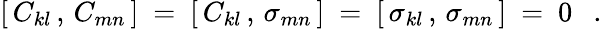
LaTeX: [\, C_{kl}\, ,\, C_{mn}\, ]~=~[\, C_{kl}\, ,\, \sigma_{mn}\, ]~=~[\, \sigma_{kl}\, ,\, \sigma_{mn}\, ]~=~0~~~.